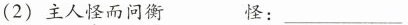
(2)主人怪而问衡 怪：___